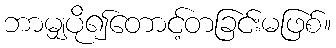
ဘာမျှပို၍တောင့်တခြင်းမဖြစ်။